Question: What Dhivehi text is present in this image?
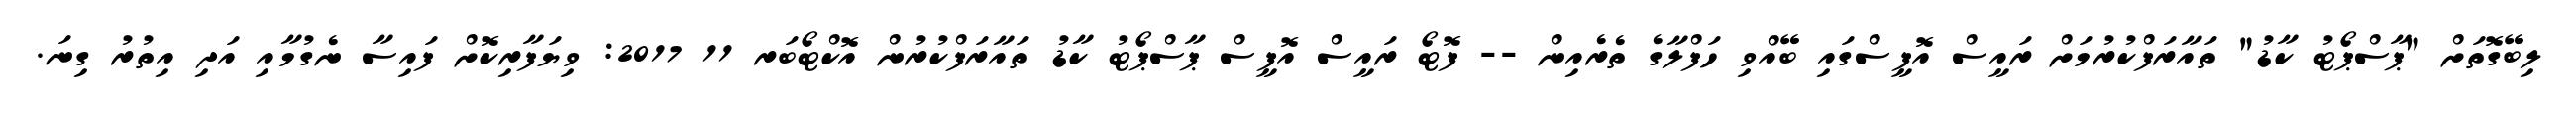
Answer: ލިބޭގޮތަށް "ޕާސްޕޯޓު ކާޑު" ތައާރަފްކުރުމަށް ރައީސް އޮފީސްގައި ބޭއްވި ހަފްލާގެ ތެރެއިން -- ފޮޓޯ ރައީސް އޮފީސް ޕާސްޕޯޓު ކާޑު ތައާރަފްކުރުން އޮކްޓޯބަރ 11 2017: ވިޔަފާރިކޮށް ފައިސާ ނެގުމާއި އަދި އިތުރު ގިނަ.